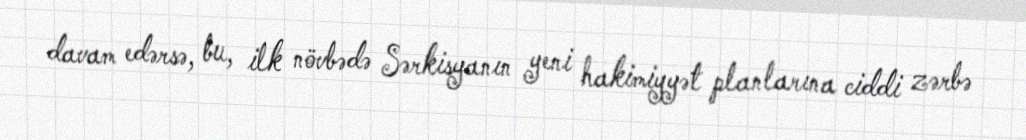
davam edərsə, bu, ilk növbədə Sərkisyanın yeni hakimiyyət planlarına ciddi zərbə